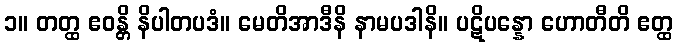
၁။ တတ္ထ ဧဝန္တိ နိပါတပဒံ။ မေတိအာဒီနိ နာမပဒါနိ။ ပဋိပန္နော ဟောတီတိ ဧတ္ထ